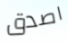
اصدق